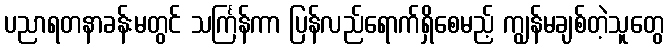
ပညာရတနာခန်းမတွင် သင်္ကြန်ကာ ပြန်လည်ရောက်ရှိစေမည့် ကျွန်မချစ်တဲ့သူတွေ